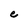
Character: e